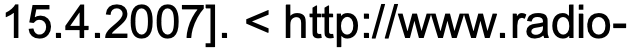
15.4.2007]. < http://www.radio-